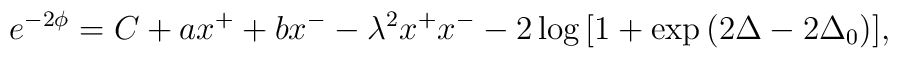
e^{-2\phi} =C+ax^+ +b x^- -\lambda^2 x^+x^--2\log{[1+\exp{(2\Delta-2\Delta_0)}]},